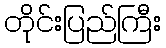
တိုင်းပြည်ကြီး